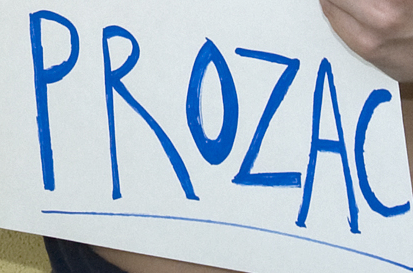
PROZAC